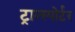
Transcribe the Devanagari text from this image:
ट्रान्स्पोर्टर